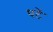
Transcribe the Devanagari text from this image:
घटें